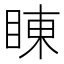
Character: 𮵇